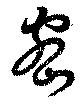
密